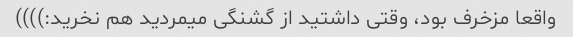
واقعا مزخرف بود، وقتی داشتید از گشنگی میمردید هم نخرید:))))